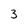
Character: 3